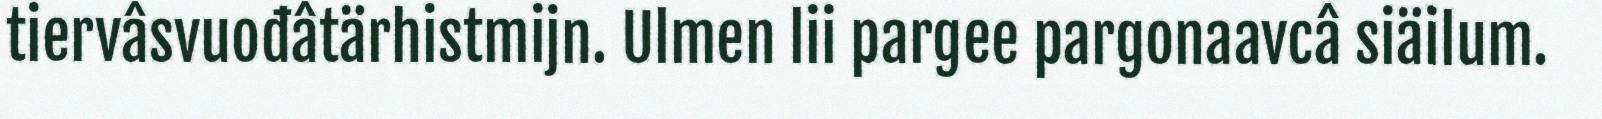
tiervâsvuođâtärhistmijn. Ulmen lii pargee pargonaavcâ siäilum.